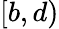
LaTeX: [b,d)